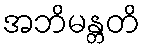
အဘိမန္တတိ